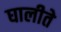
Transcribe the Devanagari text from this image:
घालीते